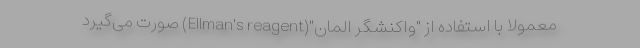
معمولا با استفاده از "واکنشگر المان"(Ellman's reagent) صورت می‌گیرد